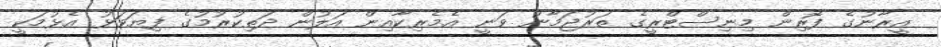
އީރާނުގެ ފޮރިން މިނިސްޓްރީގެ ތަރުޖަމާނު ވަނީ އެމެރިކާއިން އަލުން ދަތިކުރުމުގެ ފިޔަވަޅު އެޅުމަކީ